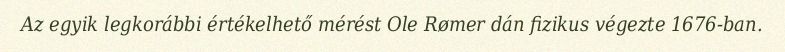
Az egyik legkorábbi értékelhető mérést Ole Rømer dán fizikus végezte 1676-ban.